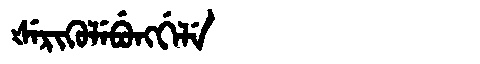
Manchu: ᡧᡝᡵᡳᡴᡠᠯᡝᠪᡠᠩᡤᡝᠯᡝ
Romanization: ŠERIKULEBUNGGELE